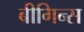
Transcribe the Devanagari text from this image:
बीगिन्स